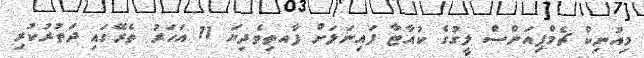
މިއުނިކް ޗެމްޕިއަންސް ލީގުގެ ކުއާޓާ ފައިނަލަށް ފާއތިވެދިޔަ 11 އަހަރު ތެރޭގައި ދަތުރުކުރި